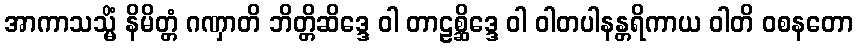
အာကာသသ္မိံ နိမိတ္တံ ဂဏှာတိ ဘိတ္တိဆိဒ္ဒေ ဝါ တာဠစ္ဆိဒ္ဒေ ဝါ ဝါတပါနန္တရိကာယ ဝါတိ ဝစနတော